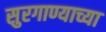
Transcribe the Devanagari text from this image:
सुरगाण्याच्या